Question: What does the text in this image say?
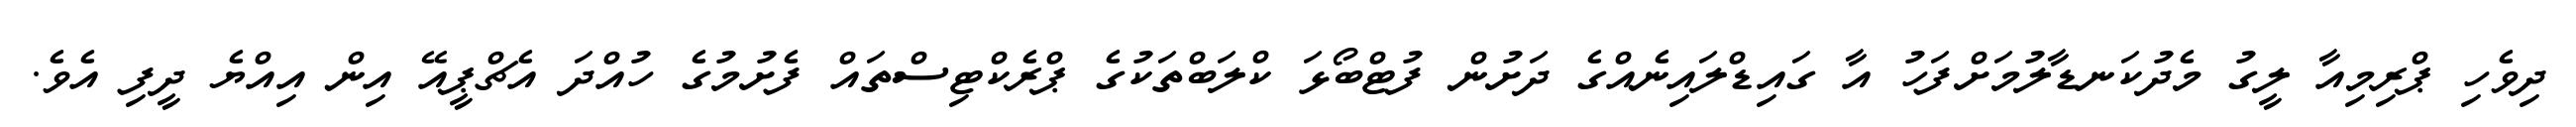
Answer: ދިވެހި ޕްރިމިއާ ލީގު މެދުކަނޑާލުމަށްފަހު އާ ގައިޑްލައިނެއްގެ ދަށުން ފުޓްބޯޅަ ކްލަބްތަކުގެ ޕްރެކްޓިސްތައް ފެށުމުގެ ހުއްދަ އެޗްޕީއޭ އިން އިއްޔެ ދީފި އެވެ.